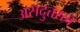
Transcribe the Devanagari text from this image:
असदुत्तरत्व